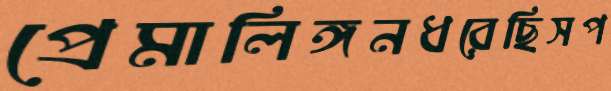
প্রেমালিঙ্গনধরেছিসপ